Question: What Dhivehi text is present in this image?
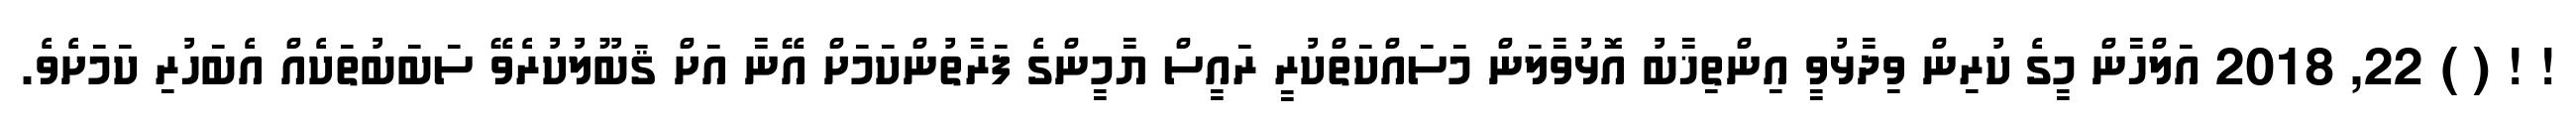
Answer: ! ! ( ) 22, 2018 އަލްހާން މީގެ ކުރިން ވިދާޅުވީ އިންތިޚާބު އޮޅުވާލަން މަސައްކަތްކުރީ ރައީސް ޔާމީންގެ ފަރާތުންކަމަށް އޭނާ އަށް ޤަބޫލުކުރެވޭ ސަބަބުތަކެއް އެބަހުރި ކަމަށެވެ.